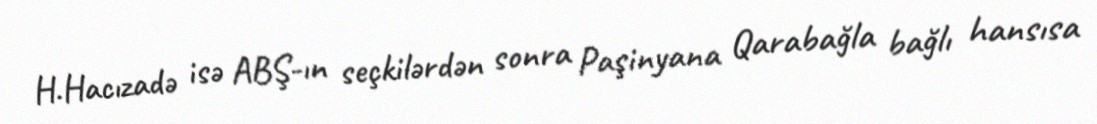
H.Hacızadə isə ABŞ-ın seçkilərdən sonra Paşinyana Qarabağla bağlı hansısa